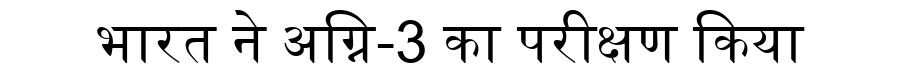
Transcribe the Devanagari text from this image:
भारत ने अग्नि-3 का परीक्षण किया